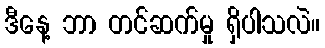
ဒီနေ့ ဘာ တင်ဆက်မှု ရှိပါသလဲ။